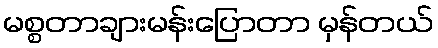
မစ္စတာချားမန်းပြောတာ မှန်တယ်